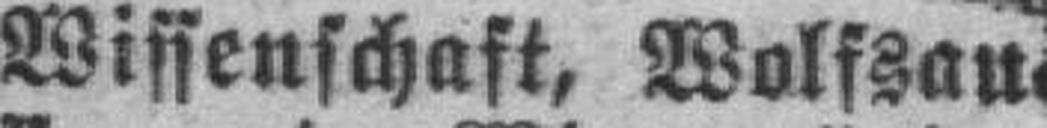
Wissenschaft, Wolfsan¬